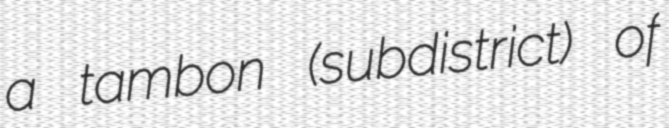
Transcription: a tambon (subdistrict) of